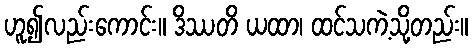
ဟူ၍လည်းကောင်း။ ဒိဿတိ ယထာ၊ ထင်သကဲ့သို့တည်း။